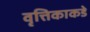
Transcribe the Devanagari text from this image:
वृत्तिकाकडे